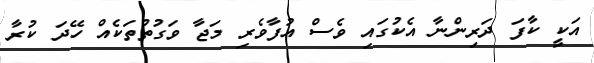
އަކީ ކާފަ ދަރިންނާ އެކުގައި ވެސް އުފާވެރި މަޖާ ވަގުތުތަކެއް ހޭދަ ކުރާ